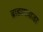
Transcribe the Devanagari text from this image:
ब्राह्मणवाडा